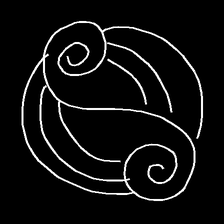
Glyph: wind-underfoot